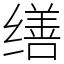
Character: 缮